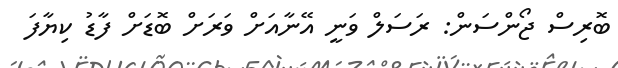
ބޮރިސް ޖޯންސަން: ރަސަލް ވަނީ އޭނާއަށް ވަރަށް ބޮޑަށް ފާޑު ކިޔާފަ